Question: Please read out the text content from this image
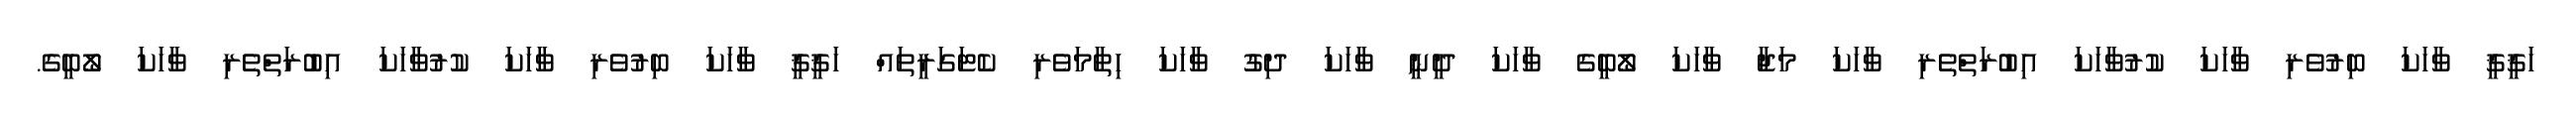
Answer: ހަޤީޤީ ވާހަކަ ބިރުވެރި ވާހަކަ ކުރުވާހަކަ އިބުރަތްތެރި ވާހަކަ މަޖާ ވާހަކަ ލޯބީގެ ވާހަކަ ދީނީ ވާހަކަ ދިގު ވާހަކަ ހިތާމަވެރި ކެޓަގަރީތައް ހަޤީޤީ ވާހަކަ ބިރުވެރި ވާހަކަ ކުރުވާހަކަ އިބުރަތްތެރި ވާހަކަ ލޯބީގެ.